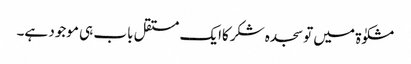
مشکوٰۃ میں تو سجدہ شکرکاایک مستقل باب ہی موجود ہے۔